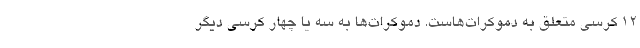
۱۲ کرسی متعلق به دموکرات‌هاست. دموکرات‌ها به سه یا چهار کرسی دیگر